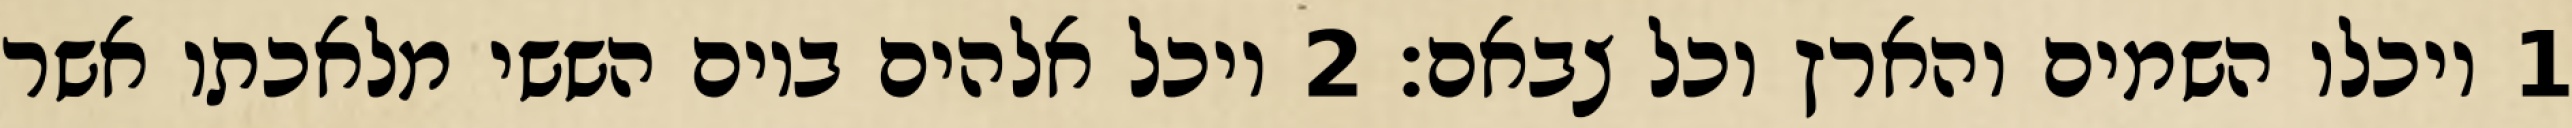
1 ויכלו השמים והארץ וכל צבאם׃ ‎2‏ ויכל אלהים ביום הששי מלאכתו אשר